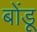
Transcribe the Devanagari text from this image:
बोंडू